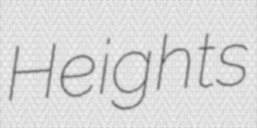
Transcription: Heights